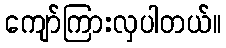
ကျော်ကြားလှပါတယ်။